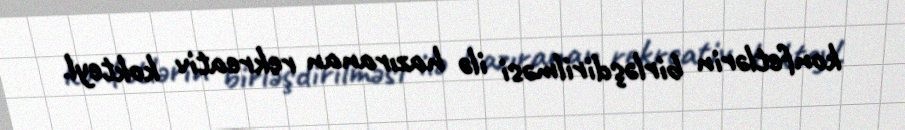
konfetlərin birləşdirilməsi ilə hazıranan rekreativ kokteyl.